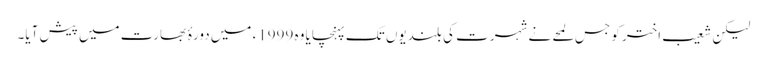
لیکن شعیب اختر کو جس لمحے نے شہرت کی بلندیوں تک پہنچایا وہ 1999ء میں دورۂ بھارت میں پیش آیا۔